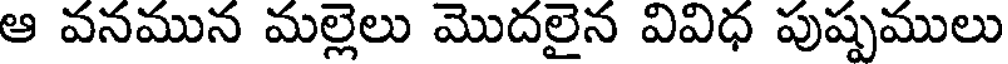
ఆ వనమున మల్లెలు మొదలైన వివిధ పుష్పములు